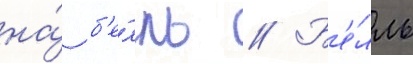
на́ б'е́лль // Б'е́лль